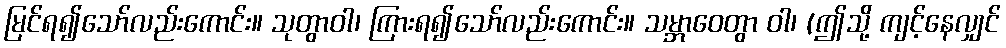
မြင်ရ၍သော်လည်းကောင်း။ သုတွာဝါ၊ ကြားရ၍သော်လည်းကောင်း။ သမ္ဘာဝေတွာ ဝါ၊ (ဤသို့ ကျင့်နေလျှင်